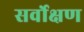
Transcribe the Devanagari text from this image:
सर्वोक्षण